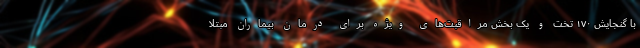
با گنجایش ۱۷۰ تخت و یک بخش مراقبت‌های ویژه برای درمان بیماران مبتلا